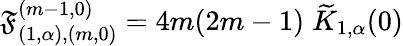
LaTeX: \mathfrak{F}_{(1,\alpha),(m,0)}^{(m-1,0)}=4m(2m-1)\; \widetilde{{K}}_{1,\alpha}(0)